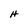
Character: H